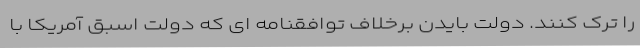
را ترک کنند. دولت بایدن برخلاف توافقنامه ای که دولت اسبق آمریکا با